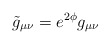
\begin{align*}\tilde g_{\mu\nu} =e^{2\phi} g_{\mu\nu} \end{align*}